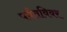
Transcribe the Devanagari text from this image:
पर्वतविवर